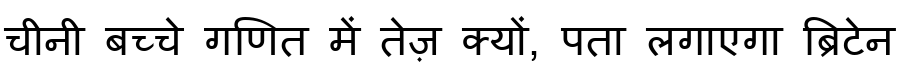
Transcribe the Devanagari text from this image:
चीनी बच्चे गणित में तेज़ क्यों, पता लगाएगा ब्रिटेन